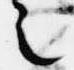
之